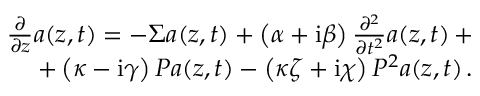
\begin{array} { r } { \frac { \partial } { \partial z } a \! \left( z , t \right) = - \Sigma a \! \left( z , t \right) + \left( \alpha + \mathrm { i } \beta \right) \frac { \partial ^ { 2 } } { \partial t ^ { 2 } } a \! \left( z , t \right) + } \\ { + \left( \kappa - \mathrm { i } \gamma \right) P a \! \left( z , t \right) - \left( \kappa \zeta + \mathrm { i } \chi \right) P ^ { 2 } a \! \left( z , t \right) . } \end{array}